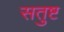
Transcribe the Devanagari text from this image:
सतुष्ट